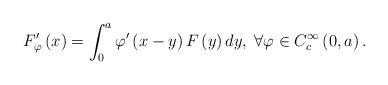
LaTeX: \begin{align*}F_{\varphi}'\left(x\right)=\int_{0}^{a}\varphi'\left(x-y\right)F\left(y\right)dy,\;\forall\varphi\in C_{c}^{\infty}\left(0,a\right).\end{align*}